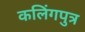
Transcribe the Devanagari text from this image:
कलिंगपुत्र